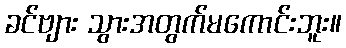
ခင်ဗျား သွားအတွက်မကောင်းဘူး။